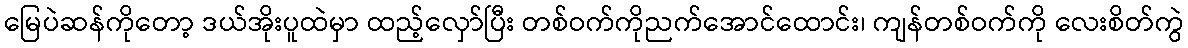
မြေပဲဆန်ကိုတော့ ဒယ်အိုးပူထဲမှာ ထည့်လှော်ပြီး တစ်ဝက်ကိုညက်အောင်ထောင်း၊ ကျန်တစ်ဝက်ကို လေးစိတ်ကွဲ